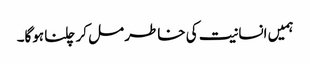
ہمیں انسانیت کی خاطر مل کر چلنا ہوگا۔